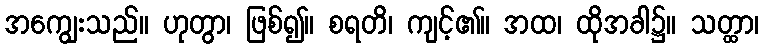
အကျွေးသည်။ ဟုတွာ၊ ဖြစ်၍။ စရတိ၊ ကျင့်၏။ အထ၊ ထိုအခါ၌။ သတ္ထာ၊